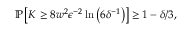
\begin{array} { r } { \mathbb { P } \left[ K \ge 8 w ^ { 2 } \epsilon ^ { - 2 } \ln \left( 6 \delta ^ { - 1 } \right) \right] \ge 1 - \delta / 3 , } \end{array}